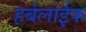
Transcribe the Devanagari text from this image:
हर्बलाईफ